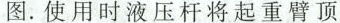
图。使用时液压杆将起重臂顶